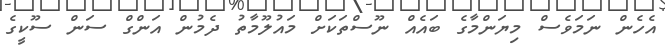
އެހެން ނަމަވެސް މިޔަންމާގެ ބައެއް ނޫސްތަކަށް މައުލޫމާތު ދެމުން އަންގް ސަން ސޫކީގެ